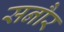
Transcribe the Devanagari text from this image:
सनौर